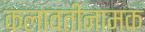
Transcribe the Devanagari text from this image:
कलावतीनामक